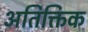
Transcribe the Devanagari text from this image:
अतिक्तिक